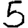
Digit: 5